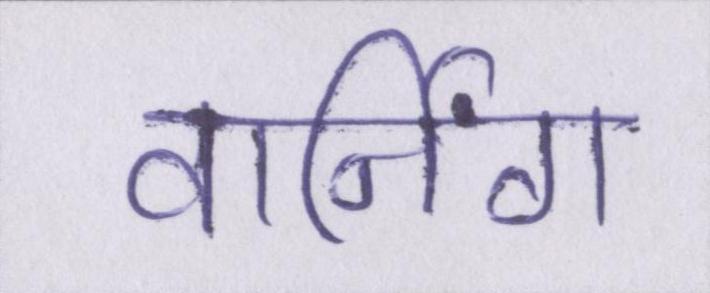
वार्निंग